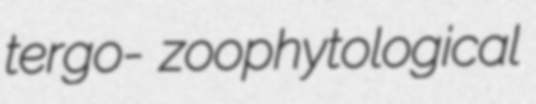
tergo- zoophytological